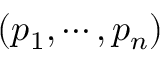
( p _ { 1 } , \cdots , p _ { n } )